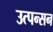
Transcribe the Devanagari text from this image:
उत्पन्सन